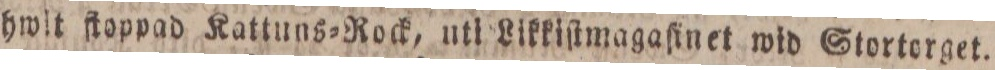
hwit ſtoppad Kattuns=Rock, uti Likkiſtmagaſinet wid Stortorget.